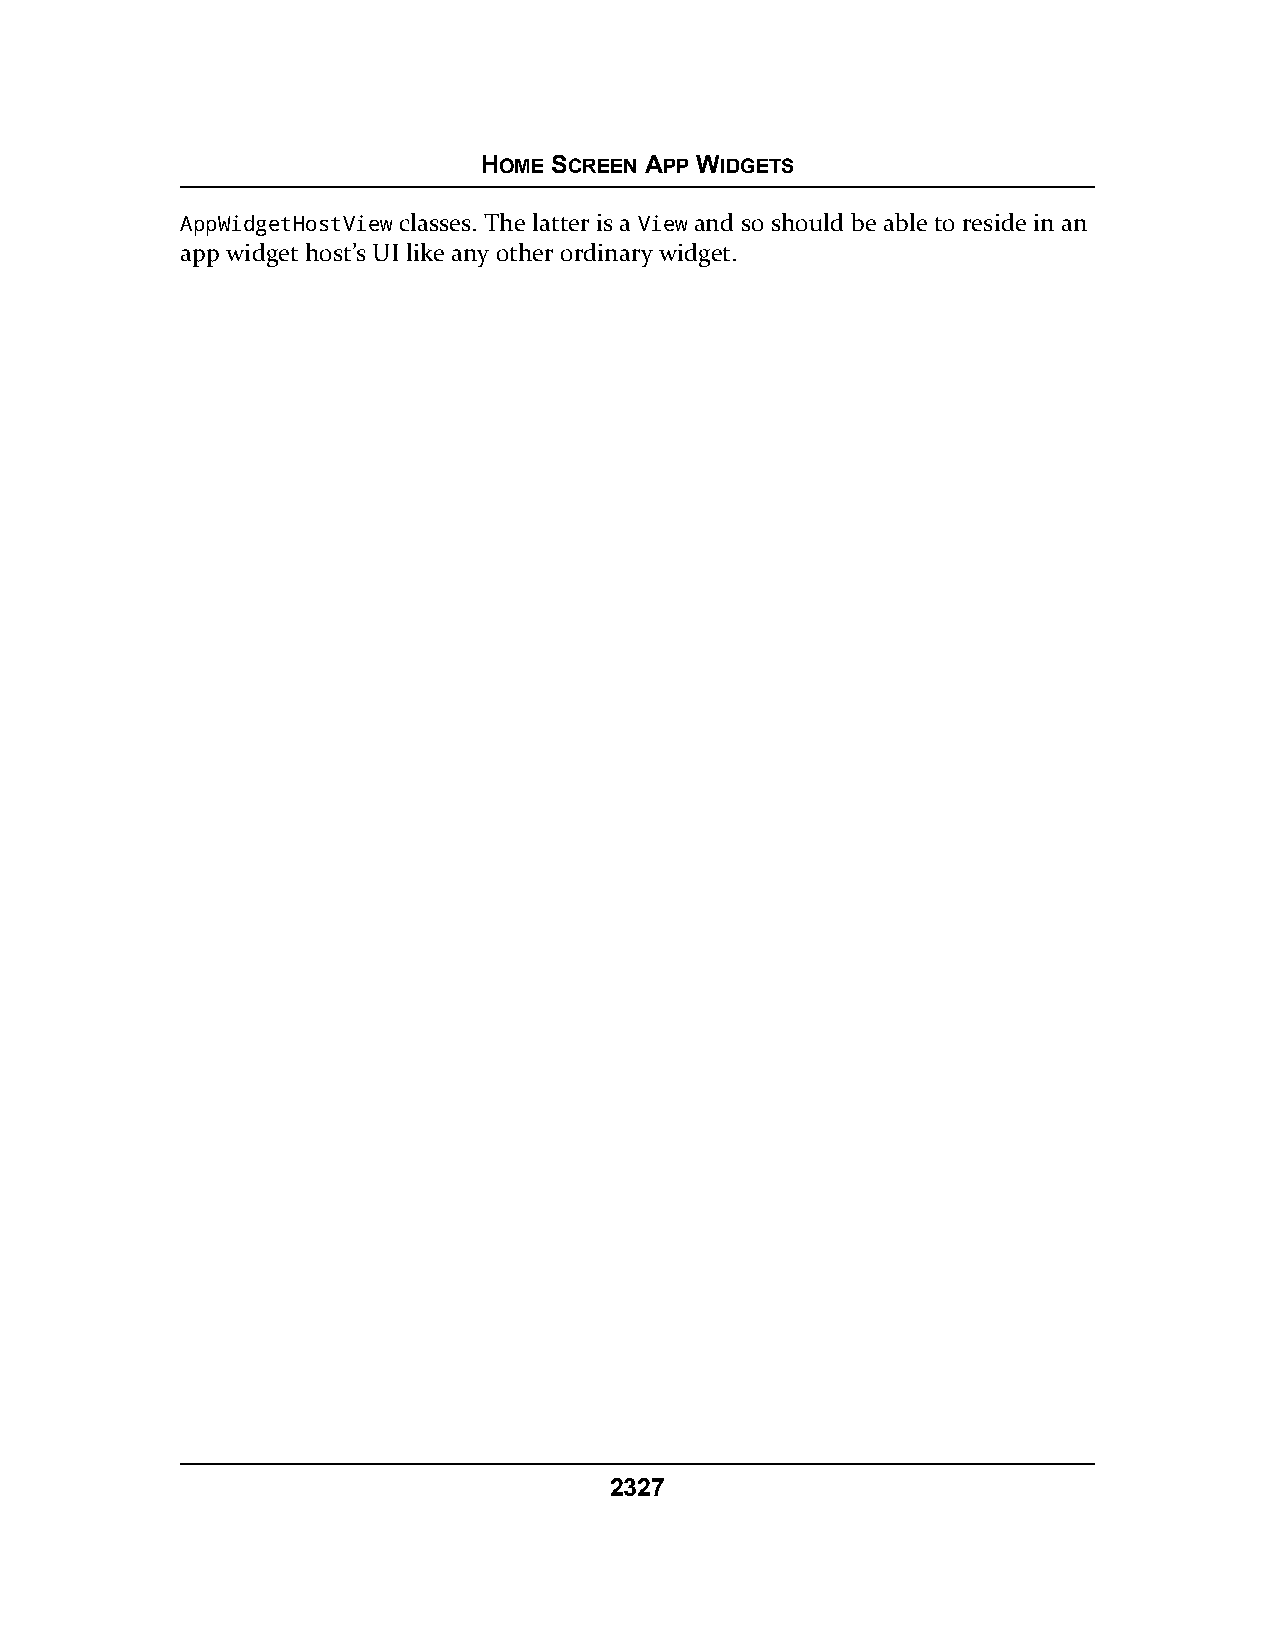
HOME SCREEN APP WIDGETS
 AppWidgetHostView classes. The latter is a View and so should be able to reside in an
 app widget host’s UI like any other ordinary widget.
 2327